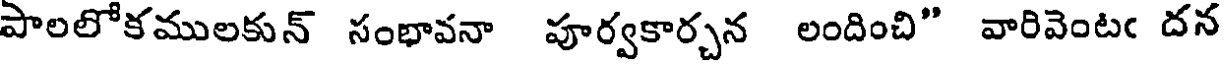
పాలలోకములకున్ సంభావనా పూర్వకార్చన లందించి" వారివెంటఁ దన